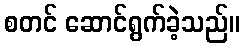
စတင် ဆောင်ရွက်ခဲ့သည်။